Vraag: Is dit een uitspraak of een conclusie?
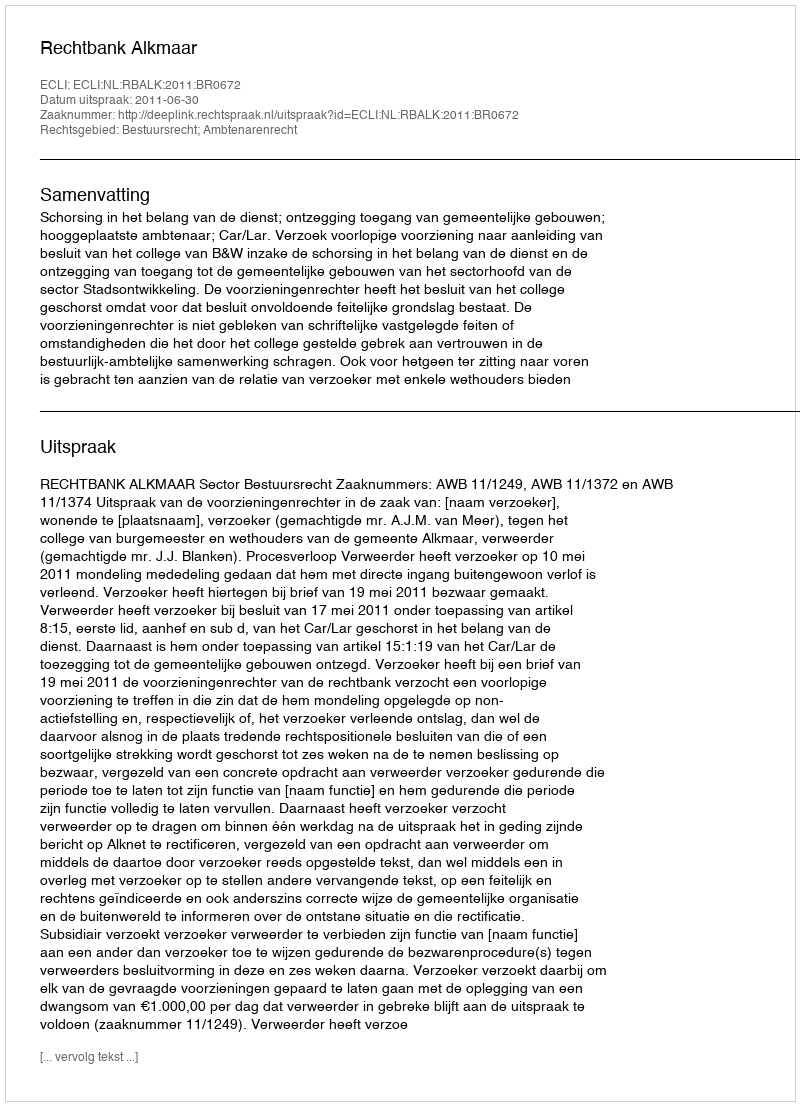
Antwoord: Uitspraak